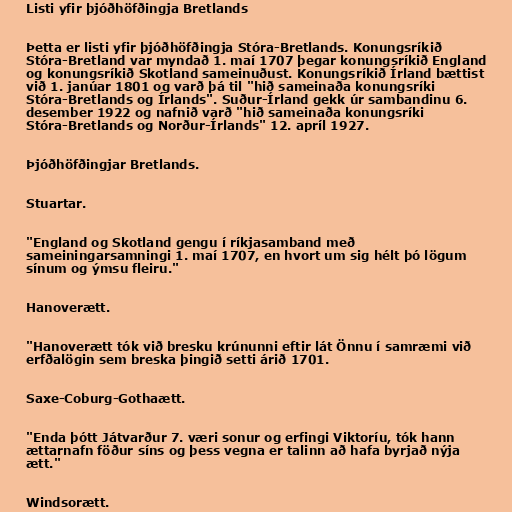
Listi yfir þjóðhöfðingja Bretlands

Þetta er listi yfir þjóðhöfðingja Stóra-Bretlands. Konungsríkið
Stóra-Bretland var myndað 1. maí 1707 þegar konungsríkið England
og konungsríkið Skotland sameinuðust. Konungsríkið Írland bættist
við 1. janúar 1801 og varð þá til "hið sameinaða konungsríki
Stóra-Bretlands og Írlands". Suður-Írland gekk úr sambandinu 6.
desember 1922 og nafnið varð "hið sameinaða konungsríki
Stóra-Bretlands og Norður-Írlands" 12. apríl 1927.

Þjóðhöfðingjar Bretlands.

Stuartar.

"England og Skotland gengu í ríkjasamband með
sameiningarsamningi 1. maí 1707, en hvort um sig hélt þó lögum
sínum og ýmsu fleiru."

Hanoverætt.

"Hanoverætt tók við bresku krúnunni eftir lát Önnu í samræmi við
erfðalögin sem breska þingið setti árið 1701.

Saxe-Coburg-Gothaætt.

"Enda þótt Játvarður 7. væri sonur og erfingi Viktoríu, tók hann
ættarnafn föður síns og þess vegna er talinn að hafa byrjað nýja
ætt."

Windsorætt.